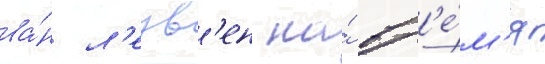
ва́н л'еув'ен на́ вр'е́м'я